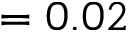
= 0 . 0 2